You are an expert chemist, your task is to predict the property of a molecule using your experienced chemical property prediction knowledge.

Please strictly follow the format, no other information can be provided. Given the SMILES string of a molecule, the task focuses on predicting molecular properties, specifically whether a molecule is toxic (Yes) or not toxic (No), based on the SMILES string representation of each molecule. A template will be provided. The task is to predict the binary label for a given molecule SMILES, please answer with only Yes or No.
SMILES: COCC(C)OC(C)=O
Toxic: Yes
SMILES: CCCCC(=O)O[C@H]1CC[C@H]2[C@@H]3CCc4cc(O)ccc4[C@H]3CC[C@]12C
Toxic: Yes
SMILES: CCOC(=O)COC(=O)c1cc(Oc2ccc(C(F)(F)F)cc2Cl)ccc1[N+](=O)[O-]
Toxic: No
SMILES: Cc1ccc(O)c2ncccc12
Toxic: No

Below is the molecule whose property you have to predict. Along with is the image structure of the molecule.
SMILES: S=C([S-])NCCNC(=S)[S-]
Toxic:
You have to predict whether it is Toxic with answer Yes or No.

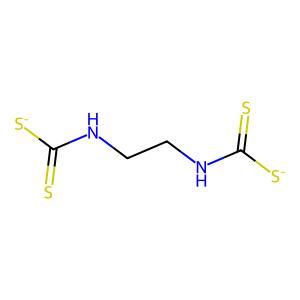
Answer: No